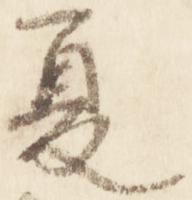
夏